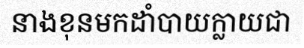
នាងខុនមកដាំបាយក្លាយជា